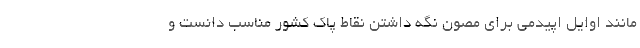
مانند اوایل اپیدمی برای مصون نگه داشتن نقاط پاک کشور مناسب دانست و